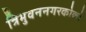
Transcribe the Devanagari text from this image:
त्रिभुवननगरकोको